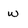
Character: w